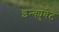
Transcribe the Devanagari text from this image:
इन्क्युबेट